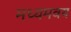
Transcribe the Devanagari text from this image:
मध्यमवय